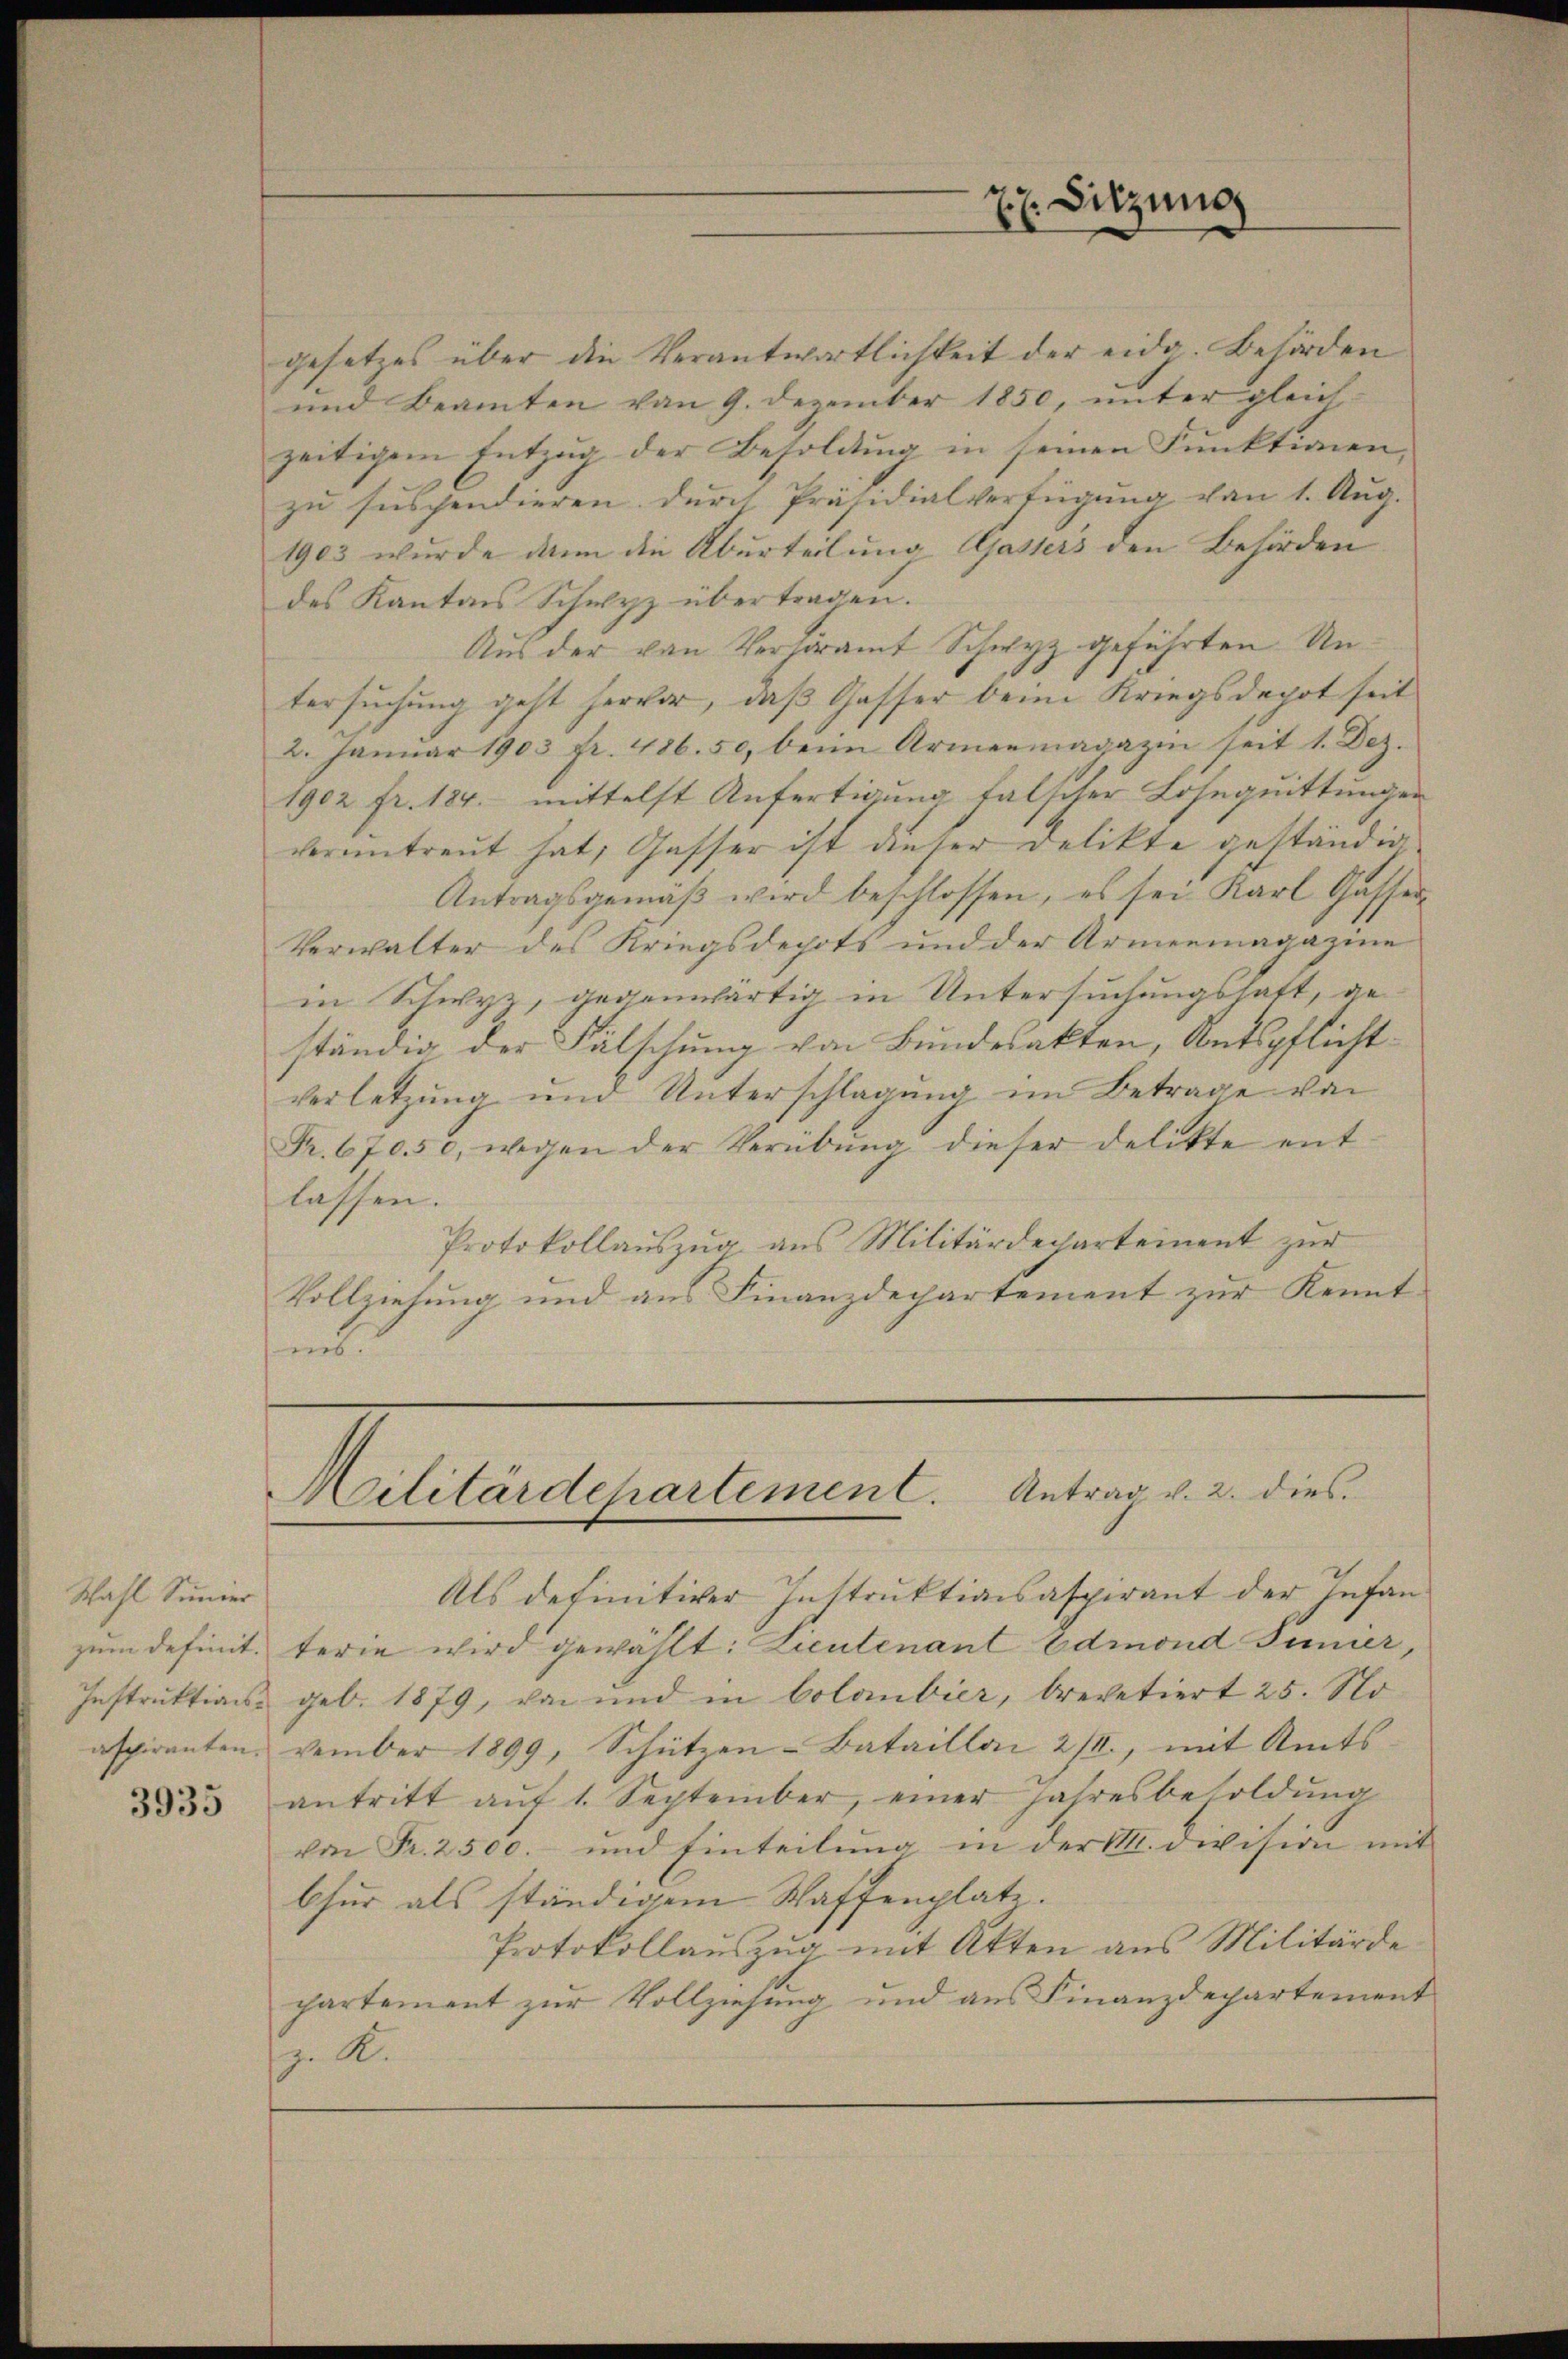
Wahl Sinner
zum definit.
Instruktionsaspiranten.

3935

z Sitzung

gesetzes über die Verantwortlichkeit der eidg. Behörden
und Beamten von 9. Dezember 1850, unter gleich-
zeitigem Entzug der Besoldung in seinen Funktionen,
zu suspendieren durch Präsidialverfügung von 1. Aug.
1903 wurde dann die Aburteilung Ajassers den Behörden
des Kantons Schwyz übertragen.
Aus der von Verhöramt Schwyz geführten Untersuchung geht hervor, daß Gasser beim Kriegsdepot seit
2. Januar 1903 fr. 486. 50, beim Armenmagazin seit 1. Dez.
1902 fr. 184. mittelst Anfertigung falscher Losequittungen
verantreut hat, Gasser ist dieser Delikte geständig
Antragsgemäβ wird beschlossen, es sei Karl Gasser-
Verwalter des Kriegsdepots und der Armenmagazine
in Schwyz, gegenwärtig in Untersuchungshaft, geständig der Fälschung von Bundesakten, Amtspflichtverletzŭng und Unterschlagung im Betrage von
Fr. 67050, wegen der Verübŭng dieser delikte ent-
lassen.
Protokollauszug aus Militärdepartement zur
Vollziehung und aus Finanzdepartement zur Kennt
ut

Militärdepartement. Antrag v. 2. dies

Als definitiver Instruktionsaspirant der Infanterie wird gewählt: Lieutenant Edmond Sinner,
geb. 1879, von und in Colombier, brevetiert 25. No
vember 1899, Schützen-Bataillai 2/II., mit Amtsantritt aŭf 1. September, einer Jahresbesoldŭng
von Fr. 2500. und Einteilung in der VIII. Division mit
bfür als ständigem Waffenplate.
Protokollauszug mit Akten aus Militärde
partement zŭr Vollziehŭng und aŭs Finanzdepartement
z. R.